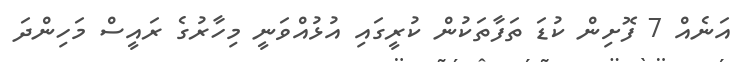
އަނެއް 7 ފޮށިން ކުޑަ ތަފާތަކުން ކުރީގައި އުޅުއްވަނީ މިހާރުގެ ރައީސް މަހިންދަ